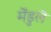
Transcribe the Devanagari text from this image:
मेंडुले